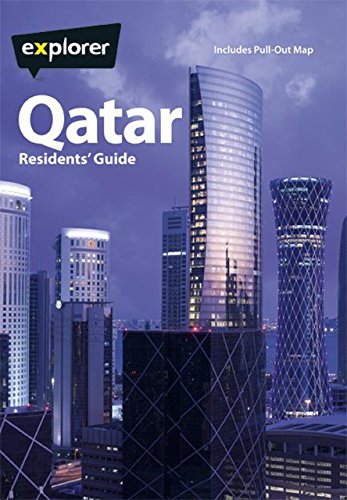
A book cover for Qatar Complete Residents Guide, 5th (Explorer - Residents' Guides); Explorer Publishing; Travel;